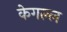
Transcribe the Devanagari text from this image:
केगल्ल